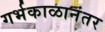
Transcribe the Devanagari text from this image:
गर्भकाळानंतर